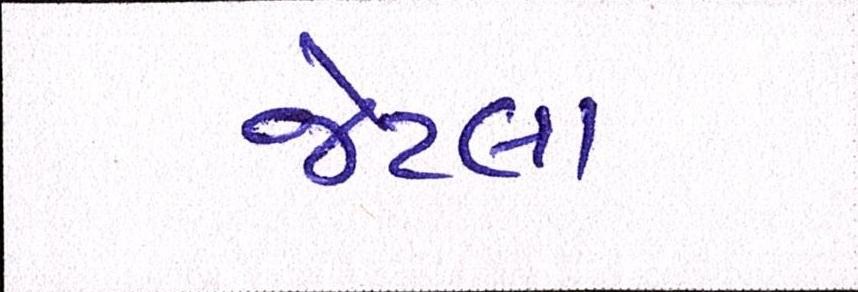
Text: જેટલા